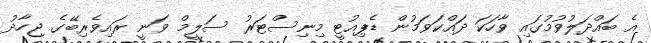
އެ ބައްދަލުވުމުގައި ވާހަކަ ދައްކަވަމުން ޑެޕިއުޓީ މިނިސްޓަރު ސަލީމް ވަނީ ރައިވެރިބޭގެ ޖިހާދު